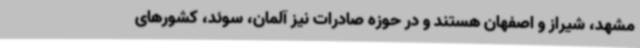
مشهد، شیراز و اصفهان هستند و در حوزه صادرات نیز آلمان، سوئد، کشورهای